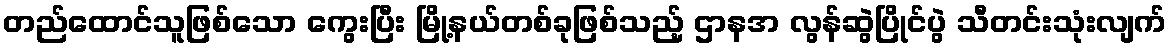
တည်ထောင်သူဖြစ်သော ကွေးပြီး မြို့နယ်တစ်ခုဖြစ်သည့် ဌာနအ လွန်ဆွဲပြိုင်ပွဲ သီတင်းသုံးလျက်